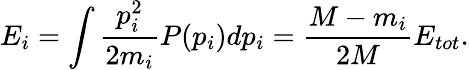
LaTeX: E_{i}=\int\frac{p_{i}^{2}}{2m_{i}}P(p_{i})dp_{i}=\frac{M-m_{i}}{2M}E_{tot}.